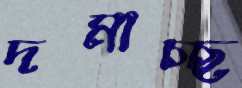
দমাচ্ছ